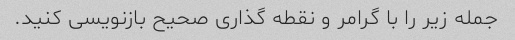
جمله زیر را با گرامر و نقطه گذاری صحیح بازنویسی کنید.